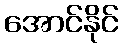
အောင်နိုင်